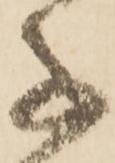
子